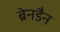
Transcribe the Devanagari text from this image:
ब्रेनडैन